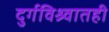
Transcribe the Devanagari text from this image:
दुर्गविश्र्वातही